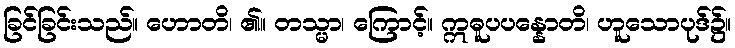
ခြင်ခြင်းသည်။ ဟောတိ၊ ၏။ တသ္မာ၊ ကြောင့်။ ဣဓူပပန္နောတိ၊ ဟူသောပုဒ်၌။